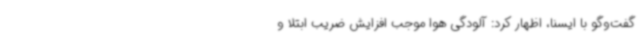
گفت‌وگو با ایسنا، اظهار کرد: آلودگی هوا موجب افزایش ضریب ابتلا و